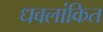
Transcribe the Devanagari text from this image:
धवलांकित